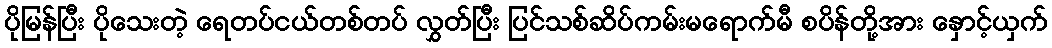
ပိုမြန်ပြီး ပိုသေးတဲ့ ရေတပ်ငယ်တစ်တပ် လွှတ်ပြီး ပြင်သစ်ဆိပ်ကမ်းမရောက်မီ စပိန်တို့အား နှောင့်ယှက်